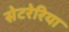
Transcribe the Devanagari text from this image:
सेटरेरिया